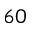
6 0